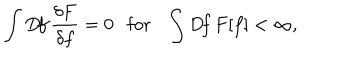
LaTeX: \int D \! f \, \frac { \delta F } { \delta f } = 0 \mathrm { f o r } \int D \! f \, F [ f ] < \infty ,